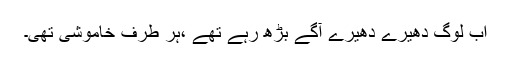
اب لوگ دھیرے دھیرے آگے بڑھ رہے تھے ،ہر طرف خاموشی تھی۔